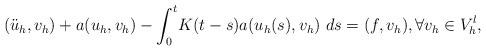
\begin{align*} (\ddot u_h,v_h)+a(u_h,v_h) -\int_0^t\! K(t-s)a(u_h(s),v_h)\ d s=(f,v_h), \forall v_h \in V_h^l, \end{align*}